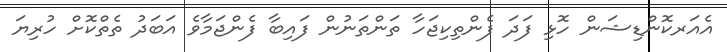
އެއަރކޮންޑިޝަން ހޮޅި ފަދަ ފެންތިކިޖަހާ ތަންތަނުން ފައިބާ ފެންޖަމާވެ އަބަދު ތެތްކޮށް ހުރިޔަ